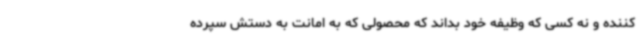
کننده و نه کسی که وظیفه خود بداند که محصولی که به امانت به دستش سپرده